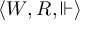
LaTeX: \langle W , R , \Vdash \rangle